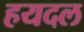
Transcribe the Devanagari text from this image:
हयदल